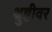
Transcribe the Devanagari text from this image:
श्रुष्टीवर